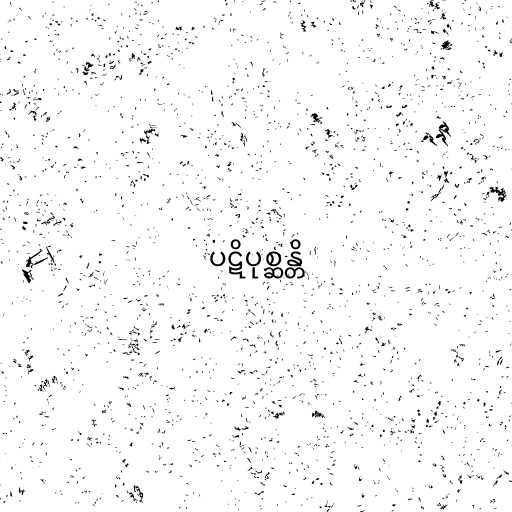
ပဋိပုစ္ဆန္တိ